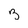
Character: 3